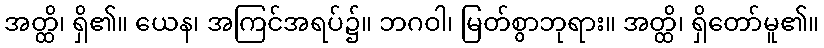
အတ္ထိ၊ ရှိ၏။ ယေန၊ အကြင်အရပ်၌။ ဘဂဝါ၊ မြတ်စွာဘုရား။ အတ္ထိ၊ ရှိတော်မူ၏။